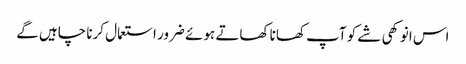
اس انوکھی شے کو آپ کھانا کھاتے ہوئے ضرور استعمال کرنا چاہیں گے